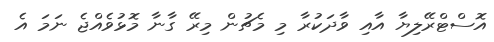
އޮސްޓްރޭލިޔާ އާއި ވާދަކުރާ މި މެޗުން މިރޭ ގާނާ މޮޅުވެއްޖެ ނަމަ އެ